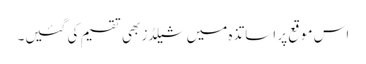
اس موقع پر اساتذہ میں شیلڈز بھی تقسیم کی گئیں۔